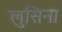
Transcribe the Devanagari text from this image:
लुसिना